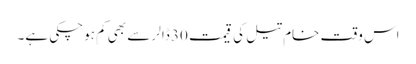
اس وقت خام تیل کی قیمت 30 ڈالر سے بھی کم ہوچکی ہے۔